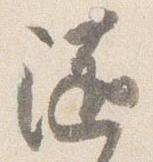
随